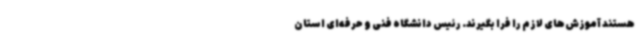
هستند آموزش‌های لازم را فرا بگیرند. رئیس دانشگاه فنی و حرفه‌ای استان